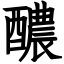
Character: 醲